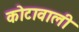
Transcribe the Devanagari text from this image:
कोटावाली